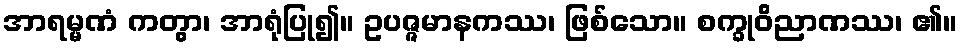
အာရမ္မဏံ ကတွာ၊ အာရုံပြု၍။ ဥပဇ္ဇမာနကဿ၊ ဖြစ်သော။ စက္ခုဝိညာဏဿ၊ ၏။